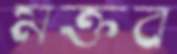
মক্তব